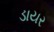
ડાયર